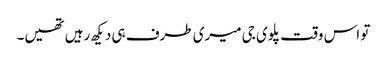
تو اس وقت پلوی جی میری طرف ہی دیکھ رہیں تھیں۔